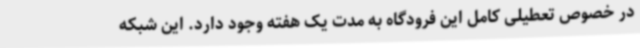
در خصوص تعطیلی کامل این فرودگاه به مدت یک هفته وجود دارد. این شبکه